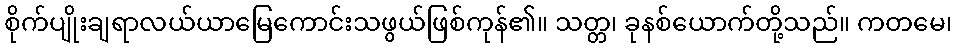
စိုက်ပျိုးချရာလယ်ယာမြေကောင်းသဖွယ်ဖြစ်ကုန်၏။ သတ္တ၊ ခုနစ်ယောက်တို့သည်။ ကတမေ၊